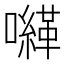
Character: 𡃈